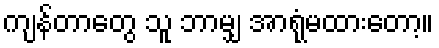
ကျန်တာတွေ သူ ဘာမျှ အာရုံမထားတော့။